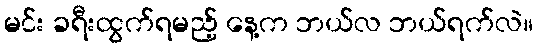
မင်း ခရီးထွက်ရမည့် နေ့က ဘယ်လ ဘယ်ရက်လဲ။